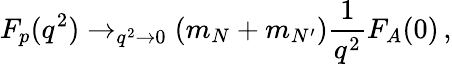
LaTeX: F_{p}(q^{2})\to_{q^{2}\rightarrow 0}(m_{N}+m_{N^{\prime}})\frac{1}{q^{2}}F_{A}(0)\, ,